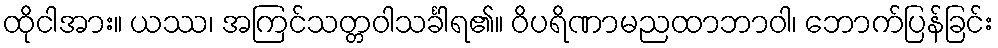
ထိုငါအား။ ယဿ၊ အကြင်သတ္တဝါသင်္ခါရ၏။ ဝိပရိဏာမညထာဘာဝါ၊ ဘောက်ပြန်ခြင်း